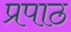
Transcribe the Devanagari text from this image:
प्रपाठ